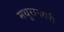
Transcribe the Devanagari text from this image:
मथुरानगरी